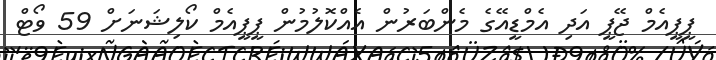
ޕީޕީއެމް ޖޭޕީ އަދި އެމްޑީއޭގެ މެންބަރުން އެއްކޮލުމުން ޕީޕީއެމް ކޯލިޝަނަށް 59 ވޯޓް